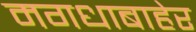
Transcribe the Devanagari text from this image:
मगधाबाहेर